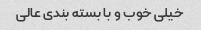
خیلی خوب و با بسته بندی عالی